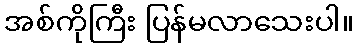
အစ်ကိုကြီး ပြန်မလာသေးပါ။